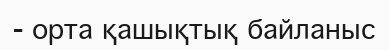
- орта қашықтық байланыс